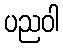
ပညဝါ